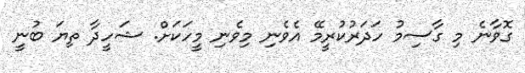
ގޮވާނެ މި ގާސިމު ހަދަރުކުރީމޭ އެވެނި މިވެނި މީހަކަށް. ޝަހީދާ ތިޔަ ބުނީ